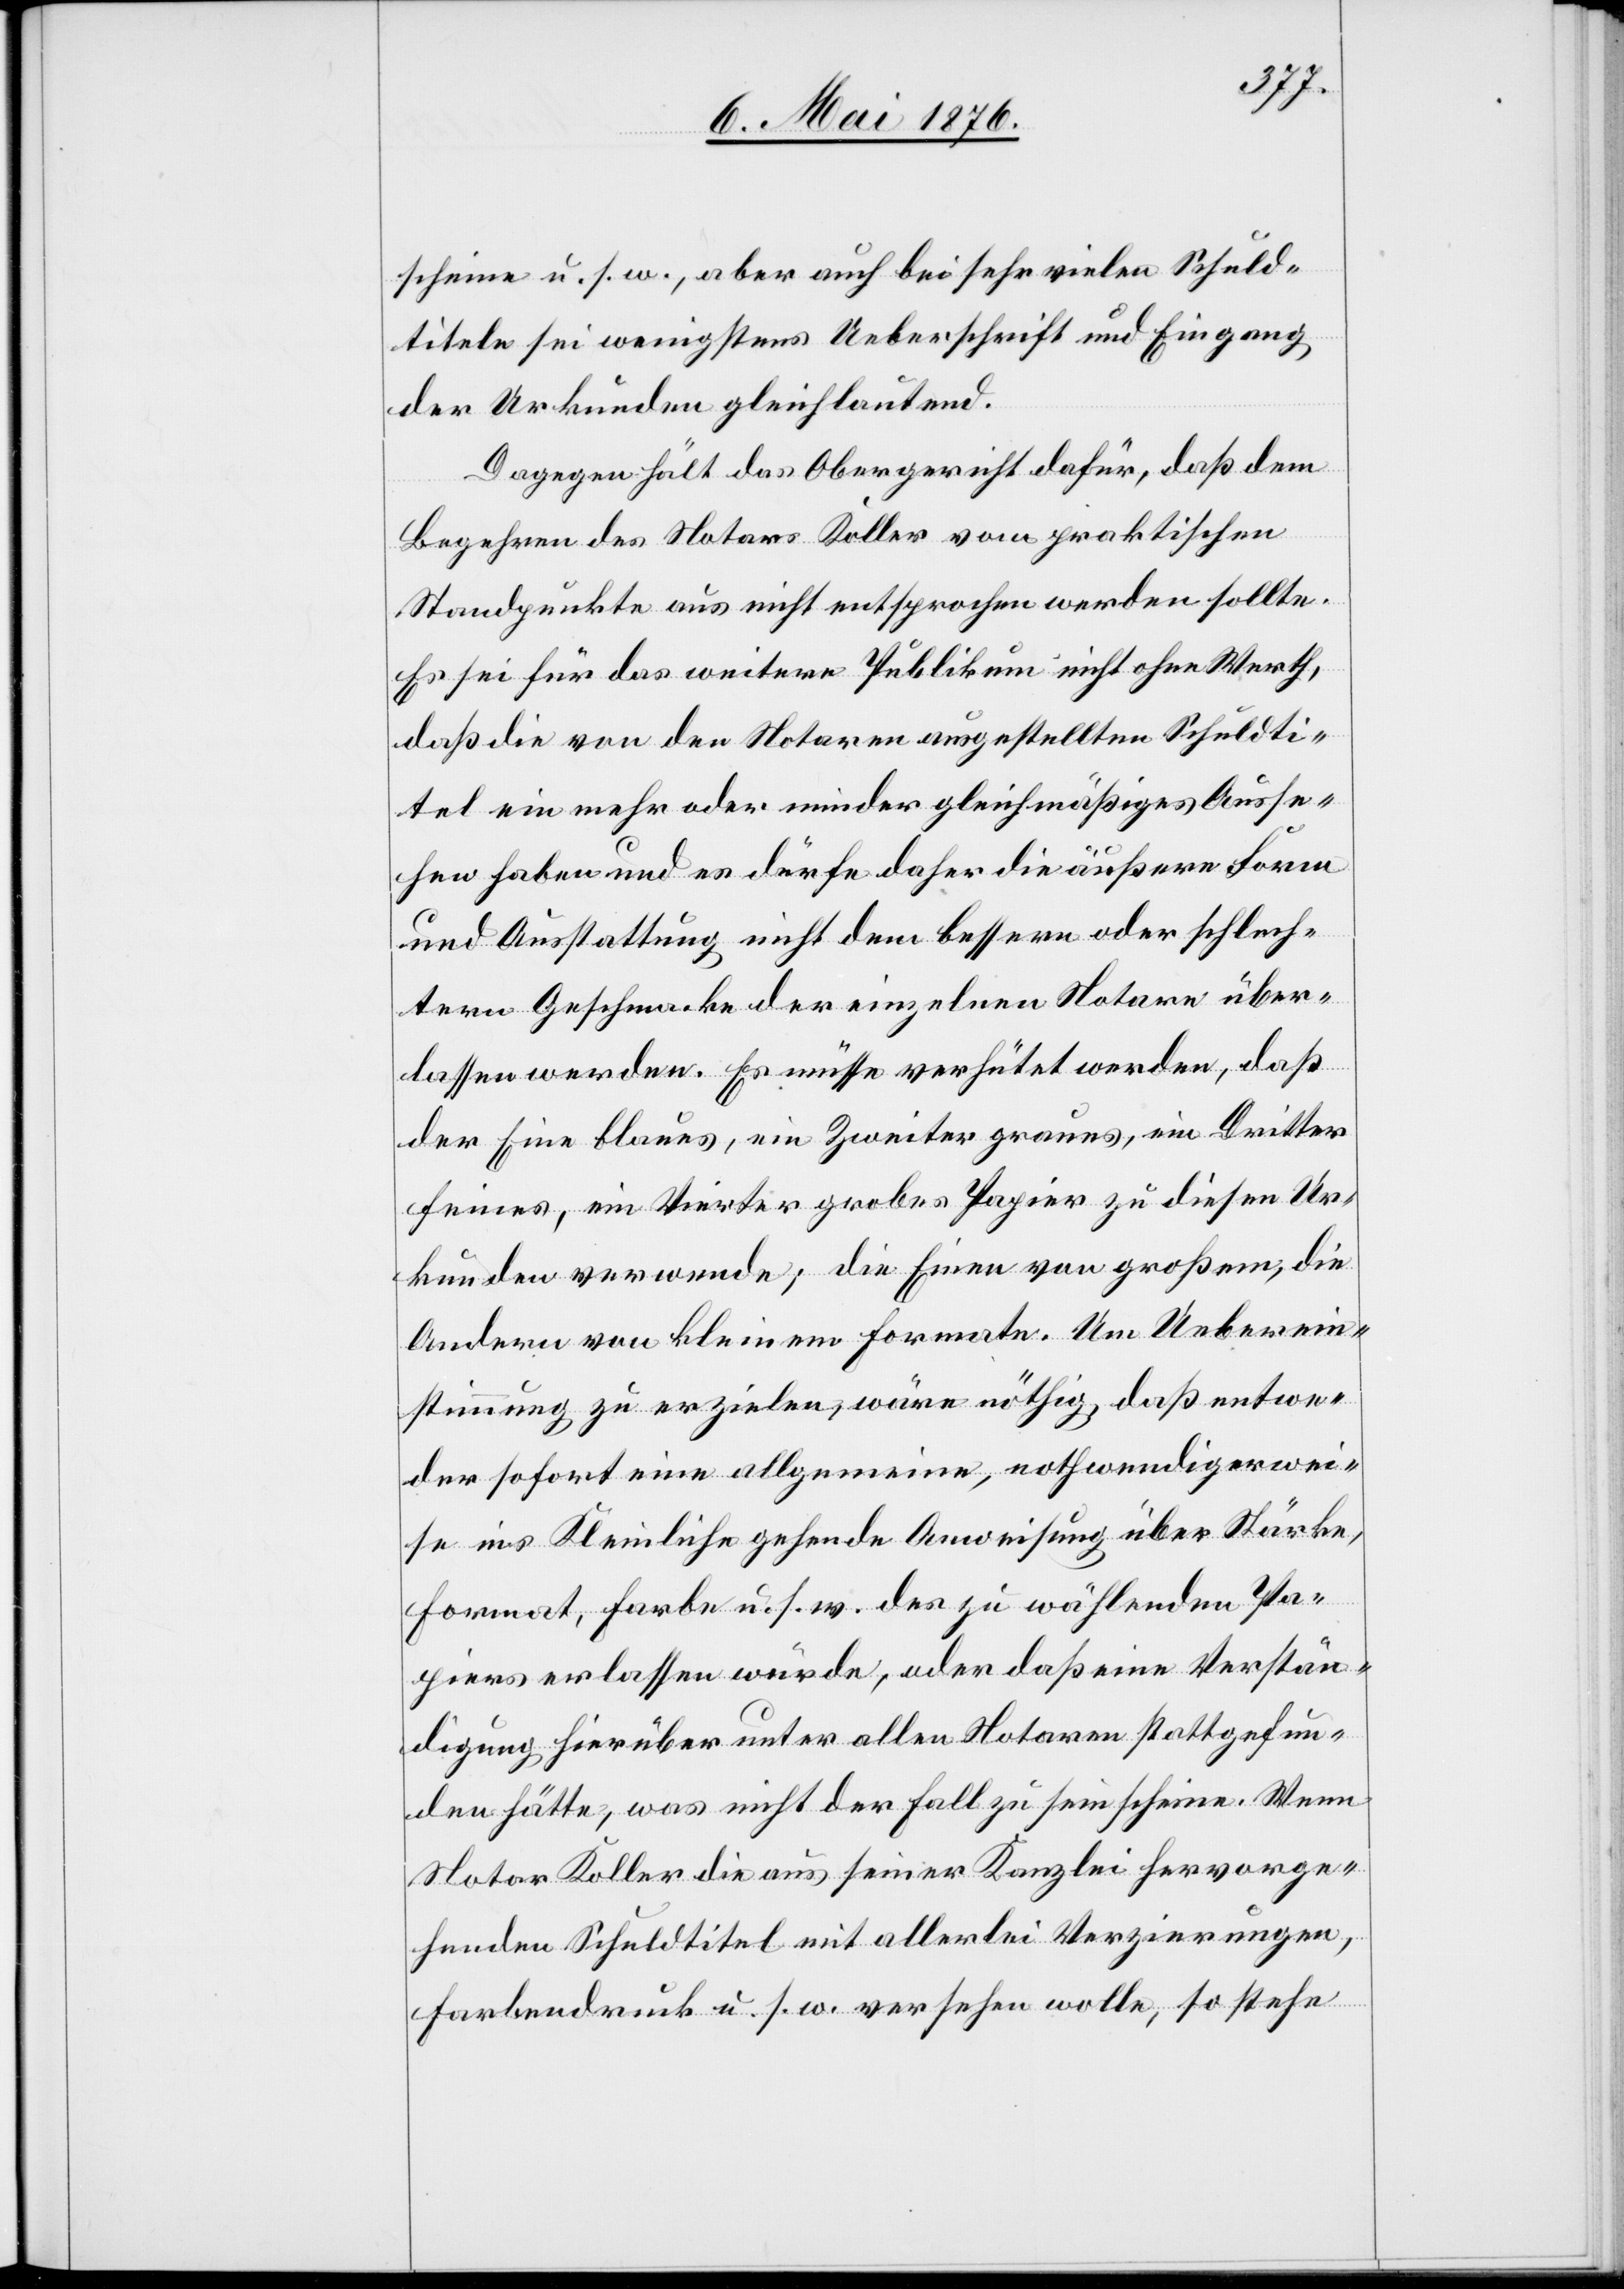
scheine u. s. w., aber auch bei sehr vielen Schuld¬
titeln sei wenigstens Ueberschrift und Eingang
der Urkunden gleichlautend.
Dagegen hält das Obergericht dafür, daß dem
Begehren des Notars Koller vom praktischen
Standpunkte aus nicht entsprochen werden sollte.
Es sei für das weitere Publikum nicht ohne Werth,
daß die von den Notaren ausgestellten Schuldti¬
tel ein mehr oder minder gleichmäßiges Ausse¬
hen haben und es dürfe daher die äußere Form
und Ausstattung nicht dem bessern oder schlech¬
tern Geschmacke der einzelnen Notare über¬
lassen werden. Es müsse verhütet werden, daß
der Eine blaues, ein Zweiter graues, ein Dritter
feines, ein Vierter grobes Papier zu diesen Ur¬
kunden verwende; die Einen von großem, die
Andern von kleinem Formate. Um Ueberein¬
stimmung zu erzielen, wäre nöthig, daß entwe¬
der sofort eine allgemeine, nothwendigerwei¬
se ins Kleinliche gehende Anweisung über Stärke,
Format, Farbe u. s. w. des zu wählenden Pa¬
piers erlassen würde, oder daß eine Verstän¬
digung hierüber unter allen Notaren stattgefun¬
den hätte, was nicht der Fall zu sein scheine. Wenn
Notar Koller die aus seiner Kanzlei hervorge¬
henden Schuldtitel mit allerlei Verzierungen,
Farbendruck u. s. w. versehen wolle, so stehe